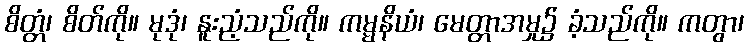
စိတ္တံ၊ စိတ်ကို။ မုဒုံ၊ နူးညံ့သည်ကို။ ကမ္မနိယံ၊ မေတ္တာအမှု၌ ခံ့သည်ကို။ ကတွာ၊